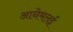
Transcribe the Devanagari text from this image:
आनेमलई